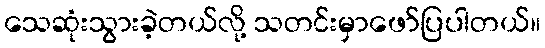
သေဆုံးသွားခဲ့တယ်လို့ သတင်းမှာဖော်ပြပါတယ်။